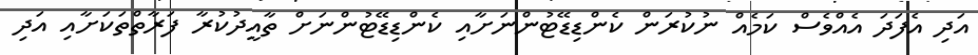
އަދި އެފަދަ އެއްވެސް ކަމެއް ނުކުރަން ކެންޑިޑޭޓުންނަށާއި ކެންޑިޑޭޓުންނަށް ތާއީދުކުރާ ފަރާތްތަކަށާއި އަދި